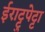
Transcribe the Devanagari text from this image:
ईराट्टुपेट्टा